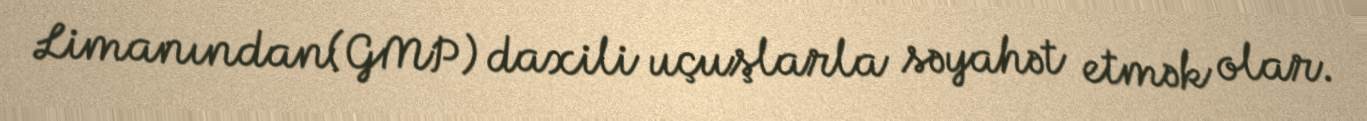
Limanından(GMP) daxili uçuşlarla səyahət etmək olar.